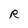
Character: R